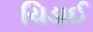
ચિડાઈ